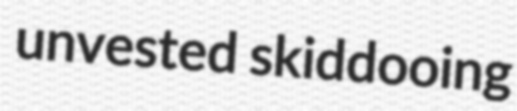
unvested skiddooing